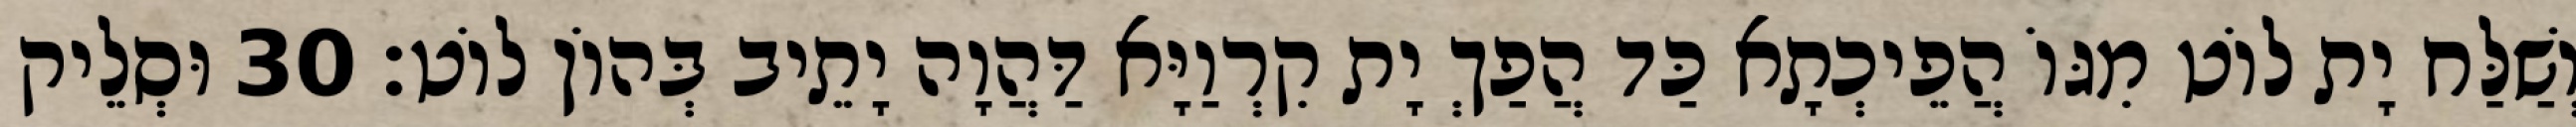
וְשַׁלַּח יָת לוֹט מִגּוֹ הֲפֵיכְתָא כַּד הֲפַךְ יָת קִרְוַיָּא דַּהֲוָה יָתֵיב בְּהוֹן לוֹט׃ 30 וּסְלֵיק